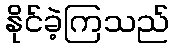
နိုင်ခဲ့ကြသည်